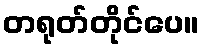
တရုတ်တိုင်ပေ။